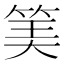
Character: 𥮅